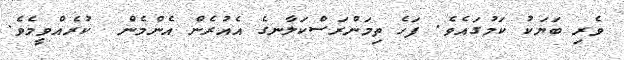
ވެރި ބަޔަކު ކަމުގައެވެ. ފަހެ ތިމަންރަސްކަލާނގެ އެއުރެން އެންމެން  ކުރެއްވީމެވެ.